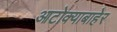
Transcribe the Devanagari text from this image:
आटोक्याबाहेर